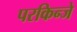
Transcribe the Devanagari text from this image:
परकिन्जे